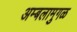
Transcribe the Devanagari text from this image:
अम्बलामुगळ